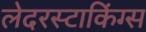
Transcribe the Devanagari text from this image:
लेदरस्टाकिंग्स